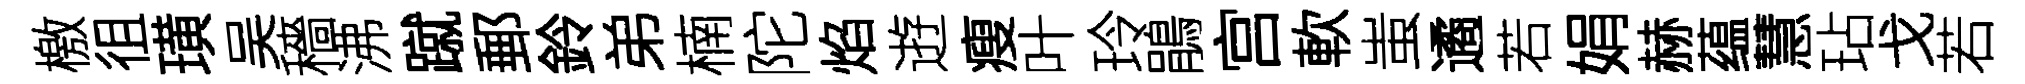
檄徂璜吴穡沸蹴郵鈴弟楠陀焰逰瘦叶玲鵑宫軟蚩遹若娟赫蕴慧玷戈若